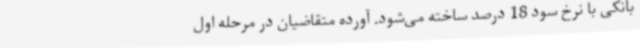
بانکی با نرخ سود 18 درصد ساخته می‌شود. آورده متقاضیان در مرحله اول